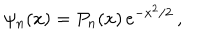
\psi _ { n } ( x ) = P _ { n } ( x ) \, e ^ { - x ^ { 2 } / 2 } \, ,